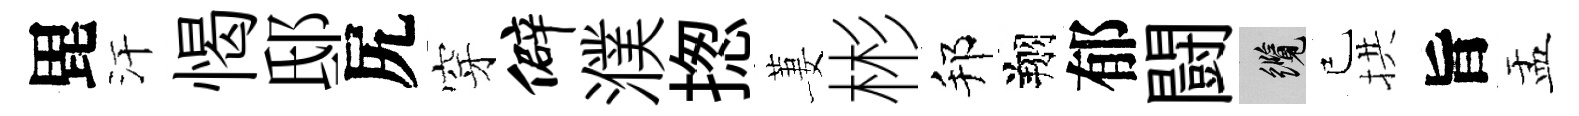
毘汗愒邸尻穿僻濮揔萋彬邦翔郁闘纜已拱旨盂